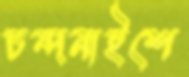
চন্দনাইশে